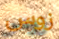
زوس